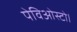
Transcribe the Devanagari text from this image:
पेविओस्टो।